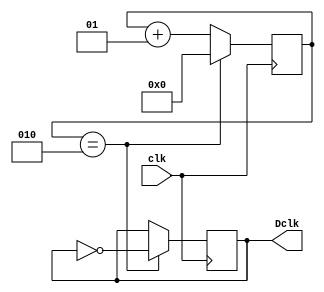
module clkdivisor(input clk, output reg Dclk);

integer counter;

initial begin // To give default values
    Dclk = 1'b0;
    counter = 2;
end

always @(posedge clk) begin
    if (counter == 2) begin
        Dclk <= ~Dclk; // change value 0/1
        counter <= 0; //nulify to start counting once again
    end
    else counter <= counter + 1;
end

endmodule